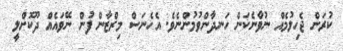
ކުރަން ޖެހިލުމެއް ނުވާނެކަން ހަނދާންވުމުންނެވެ. އެހެނަސް މިރްޒާން ފުން ނޭވައެއް ދޫކޮށްލީ